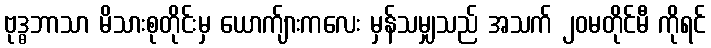
ဗုဒ္ဓဘာသာ မိသားစုတိုင်းမှ ယောက်ျားကလေး မှန်သမျှသည် အသက် ၂၀မတိုင်မီ ကိုရင်